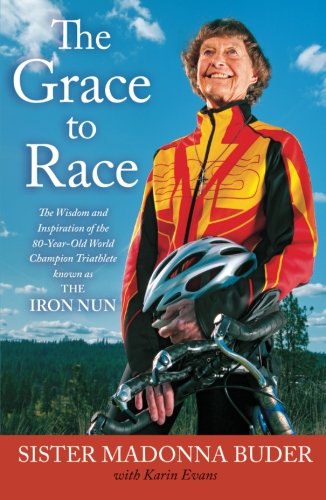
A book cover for The Grace to Race: The Wisdom and Inspiration of the 80-Year-Old World Champion Triathlete Known as the Iron Nun; Sister Madonna Buder; Health, Fitness & Dieting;